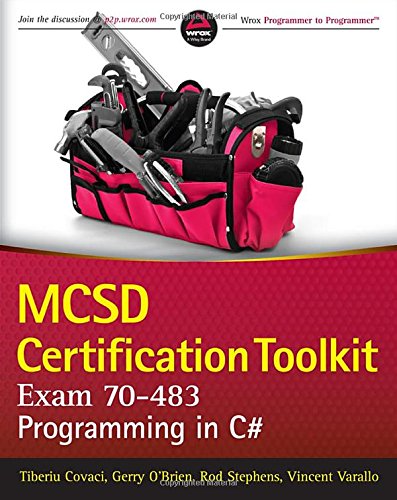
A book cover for MCSD Certification Toolkit (Exam 70-483): Programming in C#; Tiberiu Covaci; Computers & Technology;